Report of the Indian Hemp Drugs Commission, 1894-1895 - Volume II
Year: 1894
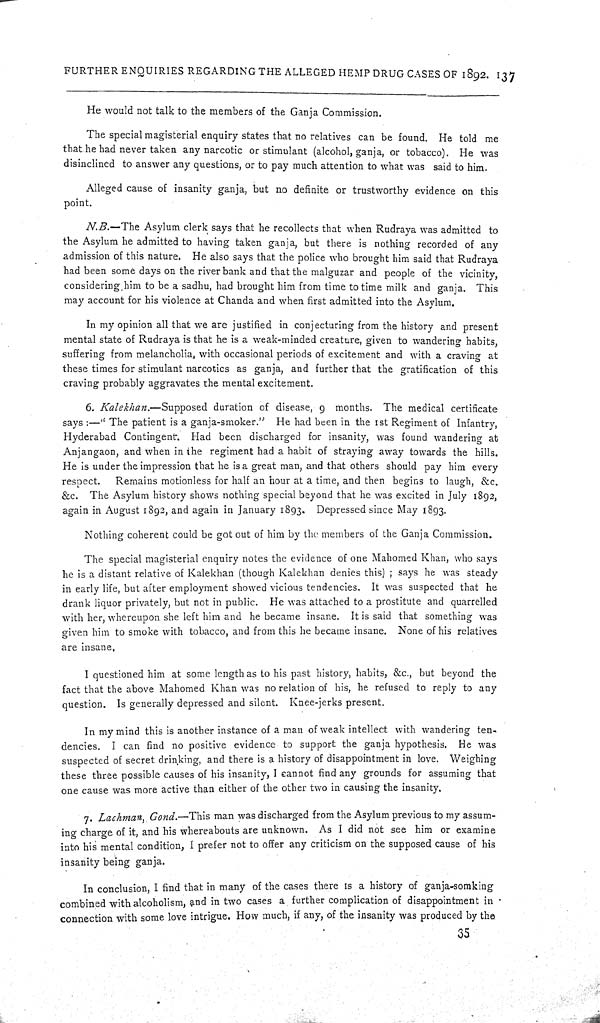
FURTHER ENQUIRIES REGARDING THE ALLEGED HEMP DRUG CASES OF 1892. 137
He would not talk to the members of the Ganja Commission.
The special magisterial enquiry states that no relatives can be found. He told me
that he had never taken any narcotic or stimulant (alcohol, ganja, or tobacco). He was
disinclined to answer any questions, or to pay much attention to what was said to him.
Alleged cause of insanity ganja, but no definite or trustworthy evidence on this
point.
N.B.—The Asylum clerk says that he recollects that when Rudraya was admitted to
the Asylum he admitted to having taken ganja, but there is nothing recorded of any
admission of this nature. He also says that the police who brought him said that Rudraya
had been some days on the river bank and that the malguzar and people of the vicinity,
considering him to be a sadhu, had brought him from time to time milk and ganja. This
may account for his violence at Chanda and when first admitted into the Asylum.
In my opinion all that we are justified in conjecturing from the history and present
mental state of Rudraya is that he is a weak-minded creature, given to wandering habits,
suffering from melancholia, with occasional periods of excitement and with a craving at
these times for stimulant narcotics as ganja, and further that the gratification of this
craving probably aggravates the mental excitement.
6. Kalekhan.—Supposed duration of disease, 9 months. The medical certificate
says:—"The patient is a ganja-smoker." He had been in the 1st Regiment of Infantry,
Hyderabad Contingent. Had been discharged for insanity, was found wandering at
Anjangaon, and when in the regiment had a habit of straying away towards the hills.
He is under the impression that he is a great man, and that others should pay him every
respect. Remains motionless for half an hour at a time, and then begins to laugh, &c.
&c. The Asylum history shows nothing special beyond that he was excited in July 1892,
again in August 1892, and again in January 1893. Depressed since May 1893.
Nothing coherent could be got out of him by the members of the Ganja Commission.
The special magisterial enquiry notes the evidence of one Mahomed Khan, who says
he is a distant relative of Kalekhan (though Kalekhan denies this); says he was steady
in early life, but after employment showed vicious tendencies. It was suspected that he
drank liquor privately, but not in public. He was attached to a prostitute and quarrelled
with her, whereupon she left him and he became insane. It is said that something was
given him to smoke with tobacco, and from this he became insane. None of his relatives
are insane.
I questioned him at some length as to his past history, habits, &c., but beyond the
fact that the above Mahomed Khan was no relation of his, he refused to reply to any
question. Is generally depressed and silent. Knee-jerks present.
In my mind this is another instance of a man of weak intellect with wandering ten-
dencies. I can find no positive evidence to support the ganja hypothesis. He was
suspected of secret drinking, and there is a history of disappointment in love. Weighing
these three possible causes of his insanity, I cannot find any grounds for assuming that
one cause was more active than either of the other two in causing the insanity.
7. Lachman, Gond.—This man was discharged from the Asylum previous to my assum-
ing charge of it, and his whereabouts are unknown. As I did not see him or examine
into his mental condition, I prefer not to offer any criticism on the supposed cause of his
insanity being ganja.
In conclusion, I find that in many of the cases there is a history of ganja-somking
combined with alcoholism, and in two cases a further complication of disappointment in
connection with some love intrigue. How much, if any, of the insanity was produced by the
35